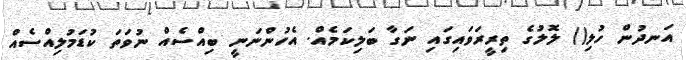
އަނދުން ހުލި() ލޮލުގެ ތިރީރަވައިގައި ނަގާ ބަލިކަމެއް. އެހުންނަނީ ބިއްސެއް ނުވަތަ ކުޑަމުލިއްސެއް